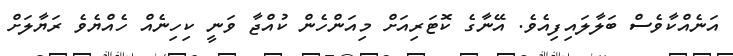
އަނެއްކާވެސް ބަލާލައިފިއެވެ. އޭނާގެ ކޮޓަރިއަށް މިއަންހެން ކުއްޖާ ވަނީ ކިހިނެއް ހެއްޔެވެ ރަޔާލަށް